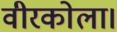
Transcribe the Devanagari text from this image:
वीरकोला।